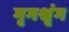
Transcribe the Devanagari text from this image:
मृगश्रृंग